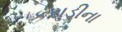
કરાડીના